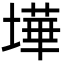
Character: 墷